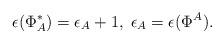
LaTeX: \begin{align*}\epsilon(\Phi^*_A) = \epsilon_A + 1,\; \epsilon_A =\epsilon(\Phi^A) .\end{align*}